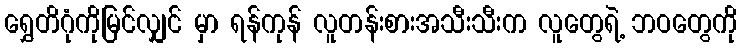
ရွှေတိဂုံကိုမြင်လျှင် မှာ ရန်ကုန် လူတန်းစားအသီးသီးက လူတွေရဲ့ ဘဝတွေကို